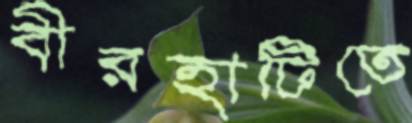
বীরহাটিতে